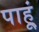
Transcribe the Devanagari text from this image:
पाहू्ं